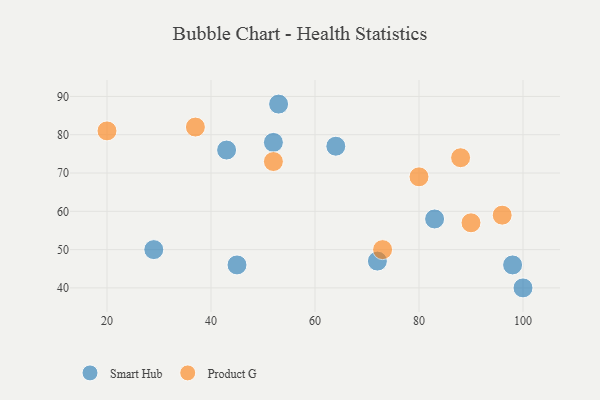
{"axis": {"x": "GDP", "y": "Life Expectancy"}, "legend": ["Product G", "Smart Hub"], "data": [{"x": "72", "y": 47, "type": "Smart Hub"}, {"x": "52", "y": 78, "type": "Smart Hub"}, {"x": "83", "y": 58, "type": "Smart Hub"}, {"x": "98", "y": 46, "type": "Smart Hub"}, {"x": "45", "y": 46, "type": "Smart Hub"}, {"x": "64", "y": 77, "type": "Smart Hub"}, {"x": "43", "y": 76, "type": "Smart Hub"}, {"x": "100", "y": 40, "type": "Smart Hub"}, {"x": "29", "y": 50, "type": "Smart Hub"}, {"x": "53", "y": 88, "type": "Smart Hub"}, {"x": "73", "y": 50, "type": "Product G"}, {"x": "96", "y": 59, "type": "Product G"}, {"x": "20", "y": 81, "type": "Product G"}, {"x": "90", "y": 57, "type": "Product G"}, {"x": "88", "y": 74, "type": "Product G"}, {"x": "80", "y": 69, "type": "Product G"}, {"x": "52", "y": 73, "type": "Product G"}, {"x": "37", "y": 82, "type": "Product G"}]}